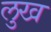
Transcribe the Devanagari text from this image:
लुख